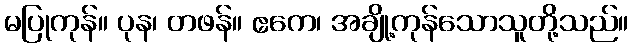
မပြုကုန်။ ပုန၊ တဖန်။ ဧကေ၊ အချို့ကုန်သောသူတို့သည်။